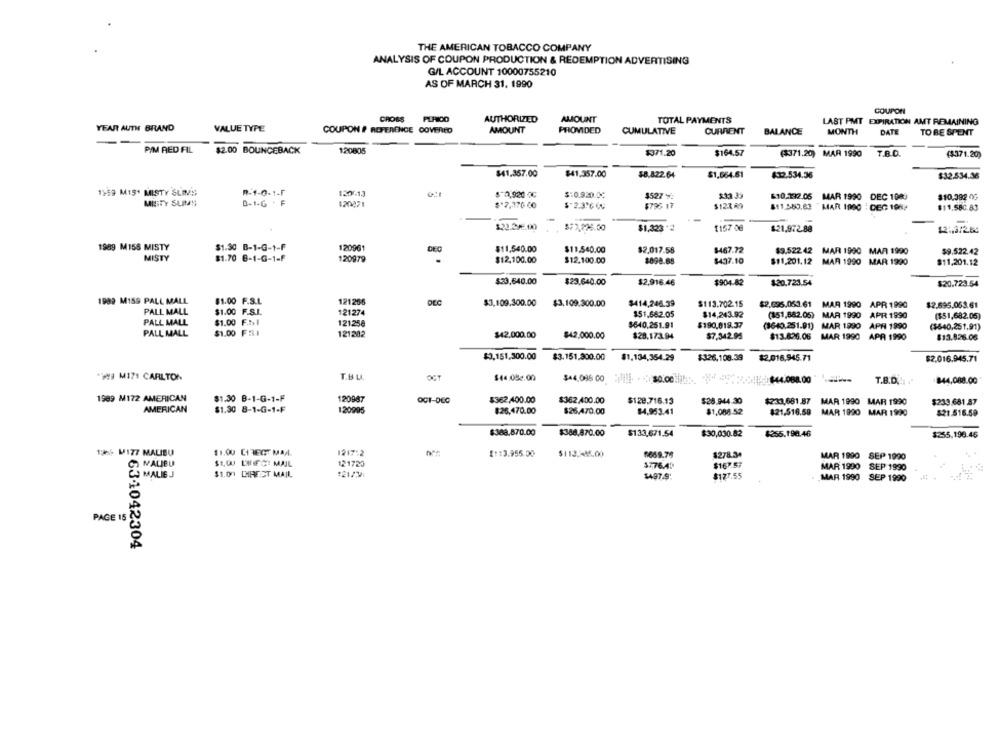
THE AMERICAN TOBACCO COMPANY
ANALYSIS OF COUPON PRODUCTION & REDEMPTION ADVERTISING
G/L ACCOUNT 10000755210
AS OF MARCH 31. 1990
COUPON
CROSS PLFICO
AUTHORIZED
AMOUNT
TOTAL PAYMENTS
LAST PMT EXPIRATION AMT REMAINING
YEAR AUTH BRAND
VALUE TYPE
COUPON # REFERENCE COVERED
AMOUNT
PROVIDED
CUMULATIVE
CURRENT
BALANCE
MONTH
DATE
TO BE SPENT
P/M RED FIL
$2.00 BOUNCEBACK
120805
$371.20
$164.57
($371.20) MAR 1990
(4371.20)
$41,357.00
$41,357.00
$8,822.64
$1,664.61
432.534.36
$32.534.36
1969 M15+ MISTY SLIMS
R-1-0-1-F
1205.13
$-0,920 0℃
$:0.920.0℃
$527 92
$33 39
$10.132.05 MAR 1990 DEC 108)
$10.082 00
MISTY SUMS
0-1-6 + F
120071
$*7,170 00
$-2.3.66
$796 17
$12369
811,580.63 MAR 1900 :DEC 1987
$11,580.83
-
$22.2/5.900
877,226.00
$1,323 '2
1157 08
$21,972.88
$2 :, 3/2.60
1989 MISS MISTY
$1.50 B-1-G-1-F
120961
$11,540.00
DEG
$11.540.00
$2.017.58
$467.72
$9.52242 MAR 1990 MAN 1990
$9.522.42
MISTY
$1.70 8-1-G-1-F
120979
$12,100.00
$12.100.00
$898.68
$437.10
$$1.201.12 MAR 1990 MAR 1990
$11,201.12
$33,640.00
$23.640.00
$2,916.46
$904-82
$20.723.54
$20.723.54
1989 M159 PALL MALL
81.00 F.S.L.
121266
DEC
$3,109.300.00
$3,109.300.00
$414,246.39
$113.702.15
$2,696.053.61 MAR 1990 APR 1990
$2.695.053.61
PALL MALL
$1.00 F.S.I.
121274
$51.682.05
$14,243.92
(151,682.05) MAR 1990
APR 1990
($51,682.05)
PALL MALL
$1.00 F.2>1
121.258
$640,251.91
$190,019.37
(1640.251.91) MAR 1990 APR 1990
($640,251.91)
PALL MALL
$1.00 FSI
121202
$42,000.00
$42,000.00
$28.173.94
$7,342.95
$13.826.06 MAR 1990 APA 1990
$13.826.06
$3,151,300.00
$3.151,300.00
$1.134,354.29
$326.108.39
$2,016.945.71
$2,016.945.71
*3 M171 CARLTON
$44.05.00
$44,096 00 15. . . $0.002
44.088.00
T.B.D .! 1
844,088.00
1989 M172 AMERICAN
$1.30 B-1-0-1-F
120987
OCT-DEC
$362,400.00
$362.400.00
$128.716.13
$28.944.30
$233,681.87 MAR 1990 MAR 1990
$233.681.87
AMERICAN
$1.30 8-1-G-1-F
120995
$26,470.00
$25,470.00
$4,953.41
$1,088.52
$21,516.59 MAR 1990 MAR 1990
$21.516.59
$388.870.00
$388.870.00
$133,671.54
$30,030.82
$255.190.46
1255,196.45
11.00 CITEOT MAIL.
1986 M177 MALIBU
1217:2
2113.955.50
$113.385.00
8669.76
$278.3+
MAR 1990 SEP 1990
MALIBU
$1,00 LUFC MAIL
121720
$776.40
$167.57
MAR 1990 SEP 1990
MALIG J
$1.00 DIREST MAIL
:21/7
$497.9:
$177.55
MAR 1990 SEP 1990
PAGE 15
£631042304